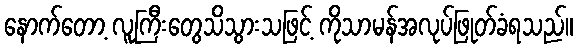
နောက်တော့ လူကြီးတွေသိသွားသဖြင့် ကိုသာမန်အလုပ်ဖြုတ်ခံရသည်။